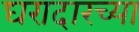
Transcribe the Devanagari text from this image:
घरादारच्या